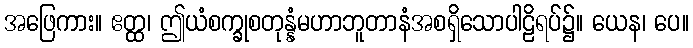
အဖြေကား။ ဧတ္ထ၊ ဤယံစက္ခုစတုန္နံမဟာဘူတာနံအစရှိသောပါဠိရပ်၌။ ယေန၊ ပေ။